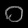
Digit: ၀